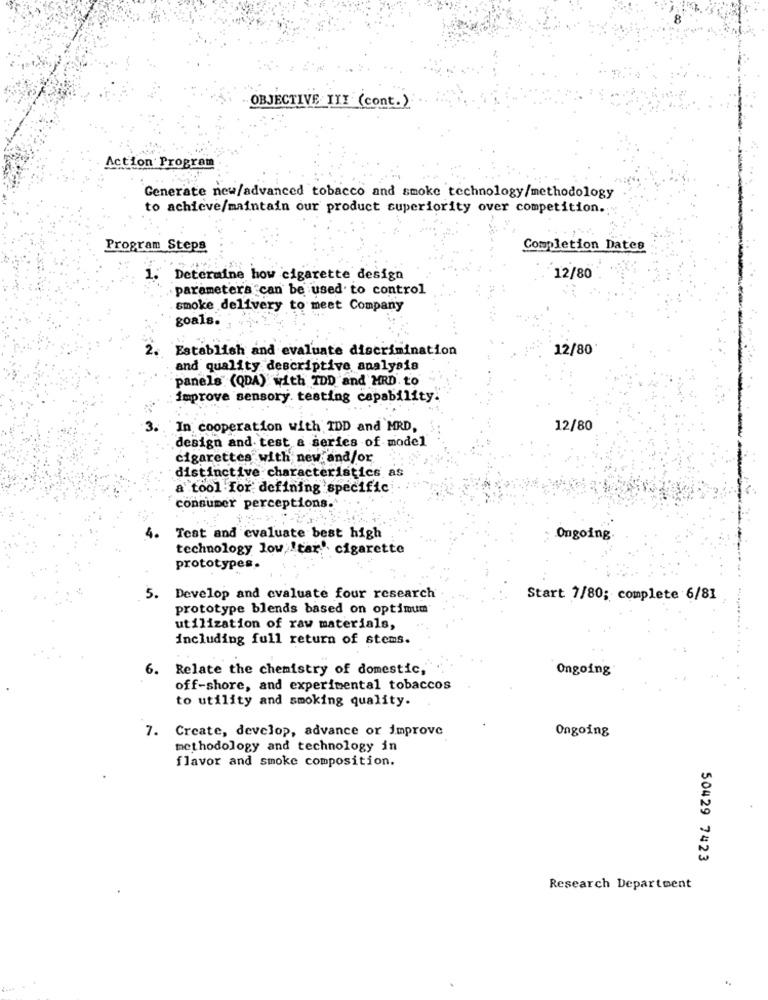
OBJECTIVE III (cont.)
Action Program
Generate new/advanced tobacco and smoke technology/methodology
to achieve/maintain our product superiority over competition.
Program Steps
Completion Dates
1." Determine how cigarette design
12/80
parameters can be used to control
smoke delivery to meet Company
goals.
2. Establish and evaluate discrimination
12/80
and quality descriptive analysis
panels (QDA) with IDD and MRD. to
improve sensory. testing capability.
3.
In cooperation with IDD and MRD,
12/80
design and test a series of model
cigarettes with new and/or
distinctive characteristics as
a tool for: defining specific
consumer perceptions.
4.
Test and evaluate best high
Ongoing
technology low !tar.' cigarette
prototypes.
5. Develop and evaluate four research
Start 7/80; complete 6/81
prototype blends based on optimum
utilization of raw materials,
including full return of stems.
6. Relate the chemistry of domestic,
Ongoing
off-shore, and experimental tobaccos
to utility and smoking quality.
7. Create, develop, advance or improve
Ongoing
methodology and technology in
flavor and smoke composition.
50429 7423
Research Department
..